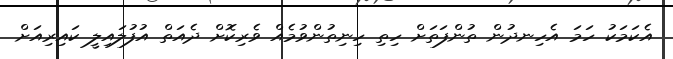
އެކަމަކު ހަމަ އެހިނދުން ތުންފަތަށް ހިތި ހިނިތުންވުމެއް ވެރިކޮށް ދެއަތް އުފުލައިލީ ކައިރިއަށް